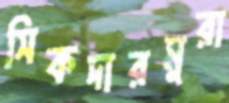
সিকদারমুরা